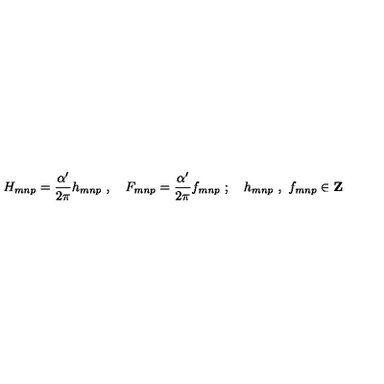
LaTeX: H _ { m n p } = \frac { \alpha ^ { \prime } } { 2 \pi } h _ { m n p } \ , \quad F _ { m n p } = \frac { \alpha ^ { \prime } } { 2 \pi } f _ { m n p } \ ; \quad h _ { m n p } \ , \ f _ { m n p } \in { \bf Z }